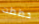
خططت